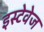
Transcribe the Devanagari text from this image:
इस्टेवेज